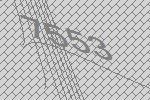
7553